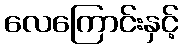
လေကြောင်းနှင့်